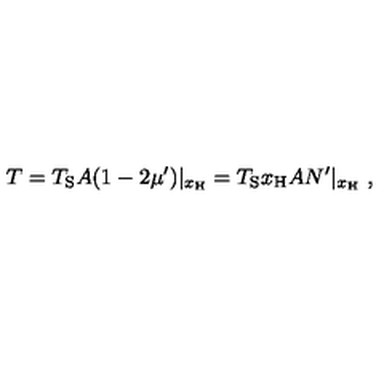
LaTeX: T = T _ { \mathrm { S } } A ( 1 - 2 \mu ^ { \prime } ) | _ { x _ { \mathrm { H } } } = T _ { \mathrm { S } } x _ { \mathrm { H } } A N ^ { \prime } | _ { x _ { \mathrm { H } } } \ ,